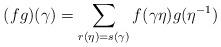
LaTeX: \begin{align*}(fg)(\gamma) = \sum_{r(\eta) = s(\gamma)} f(\gamma\eta)g(\eta^{-1})\end{align*}